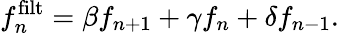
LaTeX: f_{n}^{\mathrm{filt}}=\beta f_{n+1}+\gamma f_{n}+\delta f_{n-1}.